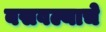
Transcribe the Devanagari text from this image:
बसवल्याचे